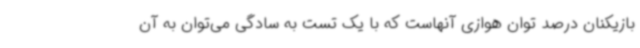
بازیکنان درصد توان هوازی آنهاست که با یک تست به سادگی می‌توان به آن